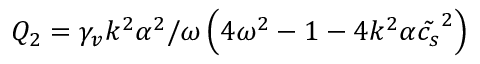
Q _ { 2 } = \gamma _ { v } k ^ { 2 } \alpha ^ { 2 } / \omega \left( 4 \omega ^ { 2 } - 1 - 4 k ^ { 2 } \alpha \tilde { c _ { s } } ^ { 2 } \right)